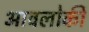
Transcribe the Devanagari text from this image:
आवलोकीं